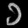
Digit: ၁